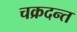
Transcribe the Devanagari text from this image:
चक्रदन्त